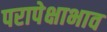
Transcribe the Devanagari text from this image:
परापेक्षाभाव